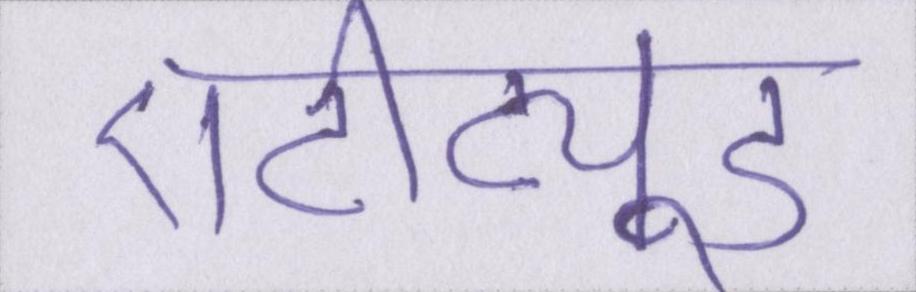
एटीट्यूड